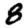
Digit: 8